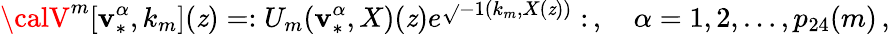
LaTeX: {\calV}^{m}[\mathbf{v}_{*}^{\alpha},k_{m}](\mathit{z})=:U_{m}(\mathbf{v}_{*}^{\alpha},X)(\mathit{z})e^{\sqrt{}{{-1}}(k_{m},X(\mathit{z}))}:\, ,\quad\alpha=1,2,\ldots,p_{24}(m)\, ,